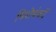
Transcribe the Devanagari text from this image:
विशेषंकों